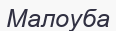
Малоуба